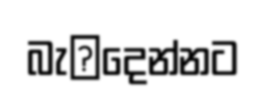
බැ෾දෙන්නට